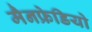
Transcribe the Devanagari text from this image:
मैनफ्रेडियो